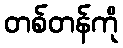
တစ်တန်ကို